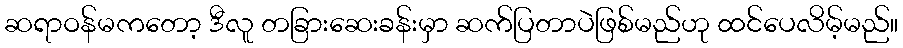
ဆရာဝန်မကတော့ ဒီလူ တခြားဆေးခန်းမှာ ဆက်ပြတာပဲဖြစ်မည်ဟု ထင်ပေလိမ့်မည်။